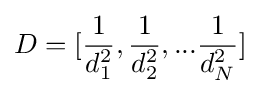
D=[{\frac {1}{d_{1}^{2}}},{\frac {1}{d_{2}^{2}}},...{\frac {1}{d_{N}^{2}}}]